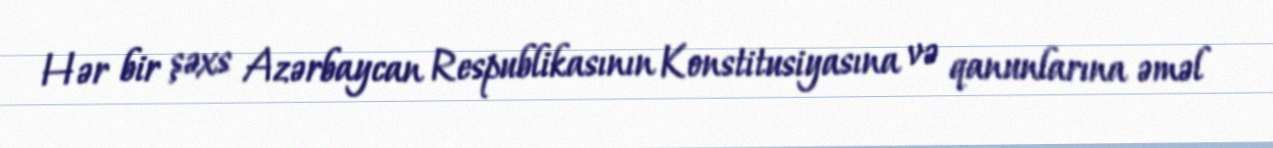
Hər bir şəxs Azərbaycan Respublikasının Konstitusiyasına və qanunlarına əməl